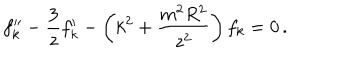
LaTeX: f _ { k } ^ { \prime \prime } - { \frac { 3 } { z } } f _ { k } ^ { \prime } - \left( k ^ { 2 } + { \frac { m ^ { 2 } R ^ { 2 } } { z ^ { 2 } } } \right) f _ { k } = 0 \, .